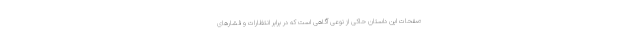
صفحات این داستان حاکی از نوعی آگاهی است که در برابر انتظارات و فشارهای